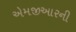
એમજીઆરની